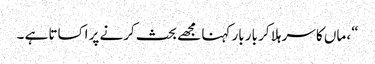
“، ماں کا سر ہلا کر بار بار کہنا مجھے بحث کرنے پر اکساتا ہے ۔